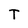
Character: T